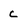
Character: c